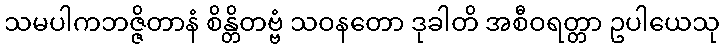
သမပါကဘဇ္ဇိတာနံ စိန္တိတဗ္ဗံ သဝနတော ဒုခါတိ အစီဝရတ္တာ ဥပါယေသု